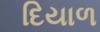
દિયાળ